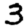
Digit: 3